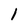
Character: 1